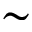
\sim